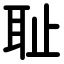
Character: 耻